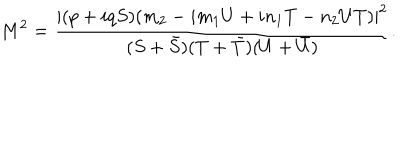
M ^ { 2 } = { \frac { | ( p + i q S ) ( m _ { 2 } - i m _ { 1 } U + i n _ { 1 } T - n _ { 2 } U T ) | ^ { 2 } } { ( S + \bar { S } ) ( T + \bar { T } ) ( U + \bar { U } ) } } .